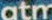
atm